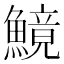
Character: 𩺿